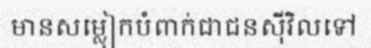
មានសម្លៀកបំពាក់ជាជនស៊ីវិលទៅ